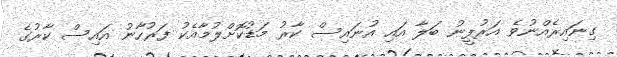
ގިނައިރެއްނުވެ އަރުފީނު ބަލާ އައި އުނައިސް ކާރު މަޑުކޮށްލުމާއެކު ފަރުހާނު އައިސް ކާރުގެ